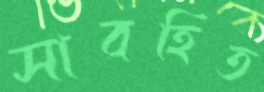
সাবহিত